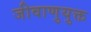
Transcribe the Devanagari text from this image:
जीवाणुयुक्त